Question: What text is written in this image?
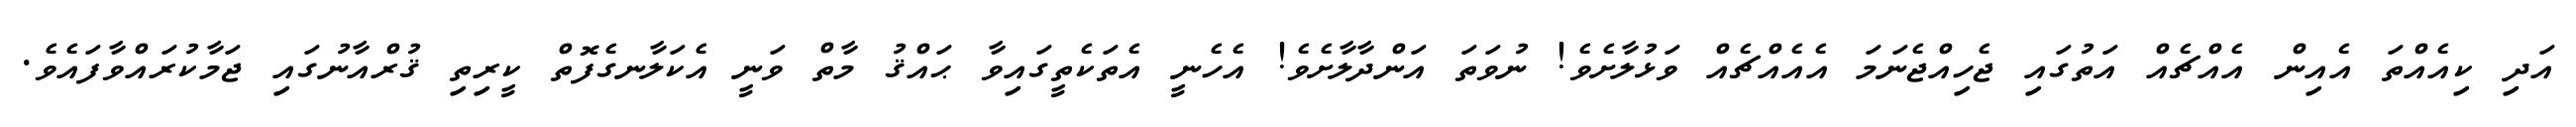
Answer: އަދި ކިއެއްތަ އެއިން އެއްޗެއް އަތުގައި ޖެހިއްޖެނަމަ އެއެއްޗެއް ވަޅުލާށެވެ! ނުވަތަ އަންދާލާށެވެ! އެހެނީ އެތަކެތީގައިވާ ޙައްޤު މާތް ވަނީ އެކަލާނގެފޮތް ކީރިތި ޤުރްއާނުގައި ޖަމާކުރައްވާފައެވެ.